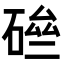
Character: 𥓗